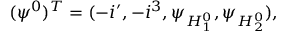
( \psi ^ { 0 } ) ^ { T } = ( - i \l ^ { \prime } , - i \l ^ { 3 } , \psi _ { H _ { 1 } ^ { 0 } } , \psi _ { H _ { 2 } ^ { 0 } } ) ,